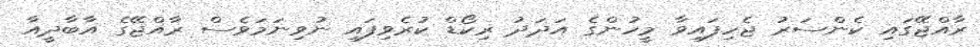
ރާއްޖޭގައި ކެންސަރު ޖެހިފައިވާ މީހުންގެ އަދަދު ރިކޯޑް ކުރެވިފައި ނުވިނަމަވެސް ރާއްޖޭގެ އާބާދީއާ